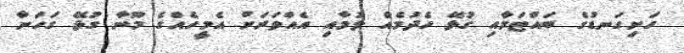
ހަށިގަނޑުގެ ބައްޓަމާއި ގުޅޭ ހެދުމެއް ލުމާއި އެއްވަރަށް އެމީހެއްގެ މޫނާ ގުޅޭ ގަހަނާ